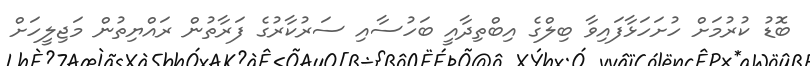
ބޮޑު ކުރުމަށް ހުށަހަޅާފައިވާ ބިލްގެ އިބްތިދާއީ ބަހުސާއި ސަރުކާރުގެ ފަރާތުން ރައްޔިތުން މަޖިލީހަށް